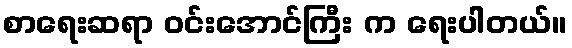
စာရေးဆရာ ဝင်းအောင်ကြီး က ရေးပါတယ်။